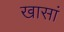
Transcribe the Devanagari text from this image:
खासां